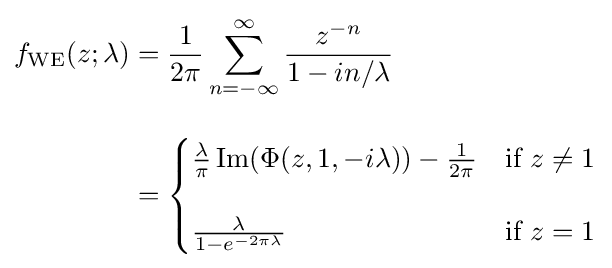
{\begin{aligned}f_{\text{WE}}(z;\lambda )&={\frac {1}{2\pi }}\sum _{n=-\infty }^{\infty }{\frac {z^{-n}}{1-in/\lambda }}\\[10pt]&={\begin{cases}{\frac {\lambda }{\pi }}\,{\textrm {Im}}(\Phi (z,1,-i\lambda ))-{\frac {1}{2\pi }}&{\text{if }}z\neq 1\\[12pt]{\frac {\lambda }{1-e^{-2\pi \lambda }}}&{\text{if }}z=1\end{cases}}\end{aligned}}